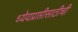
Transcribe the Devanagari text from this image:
ध्येयप्राप्तीसाठीची